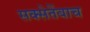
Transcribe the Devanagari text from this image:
सक्सेतेंबाच